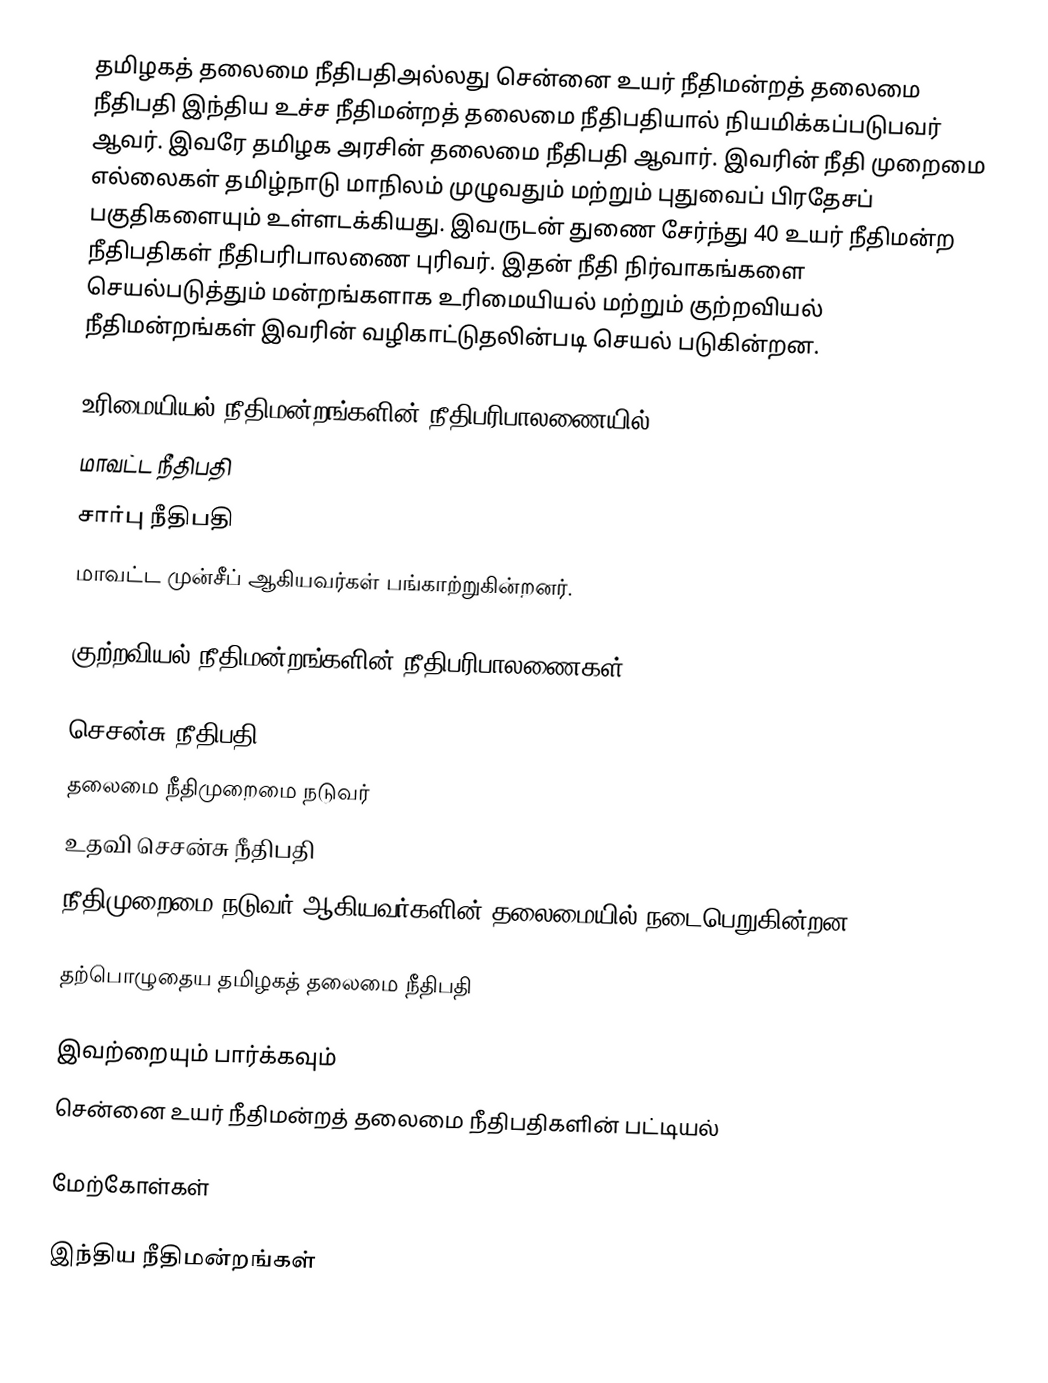
தமிழகத் தலைமை நீதிபதிஅல்லது சென்னை உயர் நீதிமன்றத் தலைமை நீதிபதி இந்திய உச்ச நீதிமன்றத் தலைமை நீதிபதியால் நியமிக்கப்படுபவர் ஆவர். இவரே தமிழக அரசின் தலைமை நீதிபதி ஆவார். இவரின் நீதி முறைமை எல்லைகள் தமிழ்நாடு மாநிலம் முழுவதும் மற்றும் புதுவைப் பிரதேசப் பகுதிகளையும் உள்ளடக்கியது. இவருடன் துணை சேர்ந்து 40 உயர் நீதிமன்ற நீதிபதிகள் நீதிபரிபாலணை புரிவர். இதன் நீதி நிர்வாகங்களை செயல்படுத்தும் மன்றங்களாக உரிமையியல் மற்றும் குற்றவியல் நீதிமன்றங்கள் இவரின் வழிகாட்டுதலின்படி செயல் படுகின்றன.

உரிமையியல் நீதிமன்றங்களின் நீதிபரிபாலணையில்;
மாவட்ட நீதிபதி
சார்பு நீதிபதி
மாவட்ட முன்சீப் ஆகியவர்கள் பங்காற்றுகின்றனர்.

குற்றவியல் நீதிமன்றங்களின் நீதிபரிபாலணைகள்;

செசன்சு நீதிபதி
தலைமை நீதிமுறைமை நடுவர்
உதவி செசன்சு நீதிபதி
நீதிமுறைமை நடுவர் ஆகியவர்களின் தலைமையில் நடைபெறுகின்றன.

தற்பொழுதைய தமிழகத் தலைமை நீதிபதி

இவற்றையும் பார்க்கவும்
சென்னை உயர் நீதிமன்றத் தலைமை நீதிபதிகளின் பட்டியல்

மேற்கோள்கள்

இந்திய நீதிமன்றங்கள்